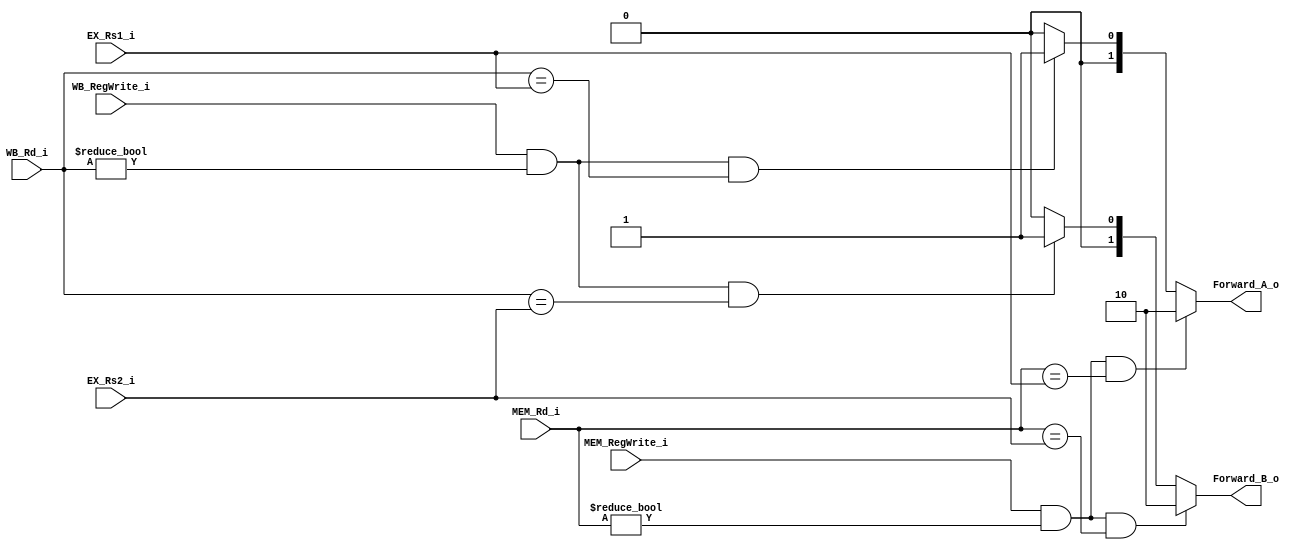
module Forwarder(EX_Rs1_i, EX_Rs2_i, MEM_RegWrite_i, MEM_Rd_i, WB_RegWrite_i, WB_Rd_i, Forward_A_o, Forward_B_o);

    input [4:0] EX_Rs1_i, EX_Rs2_i; // target rs
    input [4:0] MEM_Rd_i, WB_Rd_i;
    input MEM_RegWrite_i, WB_RegWrite_i;

    output reg [1:0] Forward_A_o, Forward_B_o;

    always @(EX_Rs1_i or EX_Rs2_i or MEM_Rd_i or WB_Rd_i or MEM_RegWrite_i or WB_RegWrite_i)
    begin
        // check from MEM to EX
        if (MEM_RegWrite_i && MEM_Rd_i != 0 && MEM_Rd_i == EX_Rs1_i)
            Forward_A_o <= 2'b10;
        // check from WB to EX
        else if (WB_RegWrite_i && WB_Rd_i != 0 && WB_Rd_i == EX_Rs1_i)
            Forward_A_o <= 2'b01;
        // no need
        else
            Forward_A_o <= 2'b00;

        // check from MEM to EX
        if (MEM_RegWrite_i && MEM_Rd_i != 0 && MEM_Rd_i == EX_Rs2_i)
            Forward_B_o <= 2'b10;
        // check from WB to EX
        else if (WB_RegWrite_i && WB_Rd_i != 0 && WB_Rd_i == EX_Rs2_i)
            Forward_B_o <= 2'b01;
        // no need
        else
            Forward_B_o <= 2'b00;
    end

endmodule